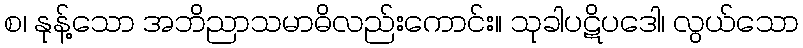
စ၊ နုန့်သော အဘိညာသမာဓိလည်းကောင်း။ သုခါပဋိပဒေါ၊ လွယ်သော